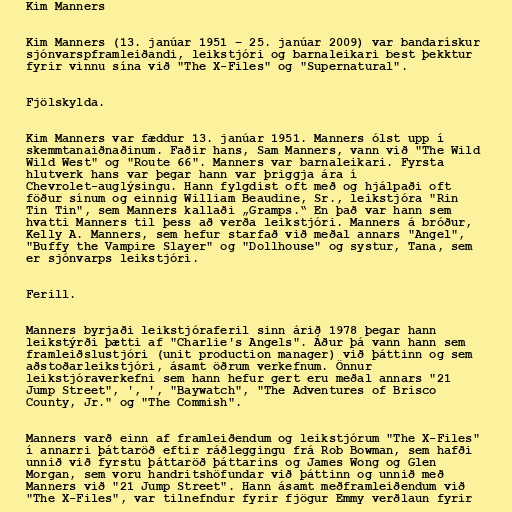
Kim Manners

Kim Manners (13. janúar 1951 – 25. janúar 2009) var bandarískur
sjónvarspframleiðandi, leikstjóri og barnaleikari best þekktur
fyrir vinnu sína við "The X-Files" og "Supernatural".

Fjölskylda.

Kim Manners var fæddur 13. janúar 1951. Manners ólst upp í
skemmtanaiðnaðinum. Faðir hans, Sam Manners, vann við "The Wild
Wild West" og "Route 66". Manners var barnaleikari. Fyrsta
hlutverk hans var þegar hann var þriggja ára í
Chevrolet-auglýsingu. Hann fylgdist oft með og hjálpaði oft
föður sínum og einnig William Beaudine, Sr., leikstjóra "Rin
Tin Tin", sem Manners kallaði „Gramps.“ En það var hann sem
hvatti Manners til þess að verða leikstjóri. Manners á bróður,
Kelly A. Manners, sem hefur starfað við meðal annars "Angel",
"Buffy the Vampire Slayer" og "Dollhouse" og systur, Tana, sem
er sjónvarps leikstjóri.

Ferill.

Manners byrjaði leikstjóraferil sinn árið 1978 þegar hann
leikstýrði þætti af "Charlie's Angels". Áður þá vann hann sem
framleiðslustjóri (unit production manager) við þáttinn og sem
aðstoðarleikstjóri, ásamt öðrum verkefnum. Önnur
leikstjóraverkefni sem hann hefur gert eru meðal annars "21
Jump Street", ', ', "Baywatch", "The Adventures of Brisco
County, Jr." og "The Commish".

Manners varð einn af framleiðendum og leikstjórum "The X-Files"
í annarri þáttaröð eftir ráðleggingu frá Rob Bowman, sem hafði
unnið við fyrstu þáttaröð þáttarins og James Wong og Glen
Morgan, sem voru handritshöfundar við þáttinn og unnið með
Manners við "21 Jump Street". Hann ásamt meðframleiðendum við
"The X-Files", var tilnefndur fyrir fjögur Emmy verðlaun fyrir